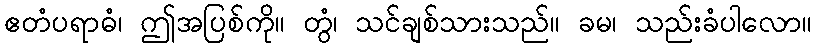
ဧတံပရာဓံ၊ ဤအပြစ်ကို။ တွံ၊ သင်ချစ်သားသည်။ ခမ၊ သည်းခံပါလော။